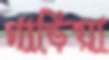
গাড়িয়া